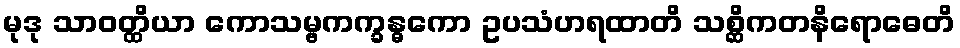
မုဒု သာဝတ္ထိယာ ကောသမ္ဗကက္ခန္ဓကော ဥပသံဟရထာတိ သစ္ဆိကတနိရောဓေတိ